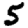
Digit: 5